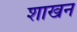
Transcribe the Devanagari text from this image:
शाखन